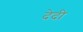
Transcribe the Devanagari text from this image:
देदी